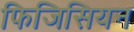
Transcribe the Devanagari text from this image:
फिजिसियन